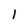
Character: l